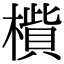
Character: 𣚁